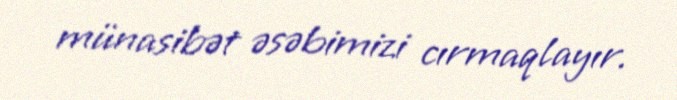
münasibət əsəbimizi cırmaqlayır.